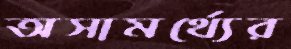
অসামর্থ্যের